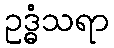
ဥဒ္ဓံသရာ